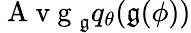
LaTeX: \mathrm{~A~v~g~}_{\mathfrak{g}}q_{\theta}(\mathfrak{g}(\phi))